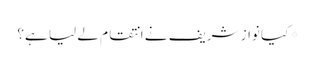
* کیا نواز شریف نے انتقام لے لیا ہے؟